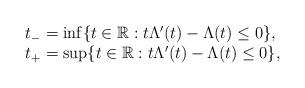
LaTeX: \begin{align*}\begin{array}{l}t_-= \inf \{ t \in \mathbb{R}: t\Lambda'(t) - \Lambda (t) \leq 0\}, \\t_+= \sup \{ t \in \mathbb{R}: t\Lambda'(t) - \Lambda (t) \leq 0\},\end{array}\end{align*}